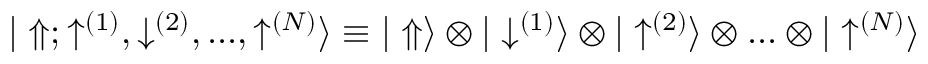
{ | \Uparrow ; \uparrow ^ { ( 1 ) } , \downarrow ^ { ( 2 ) } , . . . , \uparrow ^ { ( N ) } \rangle } \equiv { | \Uparrow \rangle \otimes | \downarrow ^ { ( 1 ) } \rangle \otimes | \uparrow ^ { ( 2 ) } \rangle \otimes . . . \otimes | \uparrow ^ { ( N ) } \rangle }